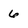
Character: 6